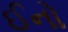
ઈનો